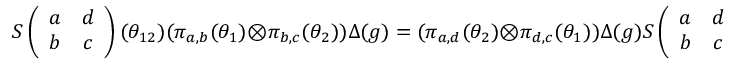
S \left( \begin{array} { c c } { { a } } & { { d } } \\ { { b } } & { { c } } \end{array} \right) ( \theta _ { 1 2 } ) ( \pi _ { a , b } ( \theta _ { 1 } ) \otimes \pi _ { b , c } ( \theta _ { 2 } ) ) \Delta ( g ) = ( \pi _ { a , d } ( \theta _ { 2 } ) \otimes \pi _ { d , c } ( \theta _ { 1 } ) ) \Delta ( g ) S \left( \begin{array} { c c } { { a } } & { { d } } \\ { { b } } & { { c } } \end{array} \right) ( \theta _ { 1 2 } )